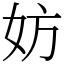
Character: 妨